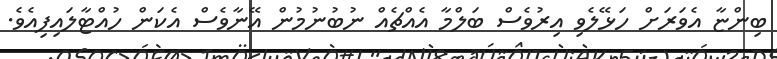
ބިންޏާ އެވަރަށް ހަޅޭލެވި އިރުވެސް ބަލްމާ އެއްޗެއް ނުބުނުމުން އޭނާވެސް އެކަން ހުއްޓާލައިފިއެވެ.